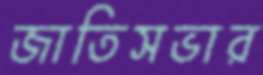
জাতিসভার